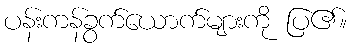
ပန်းကန်ခွက်ယောက်များကို ပြ၏။